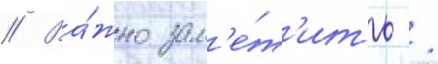
// Ва́жно зам'е́т'ить /